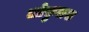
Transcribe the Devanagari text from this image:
लोकुलस